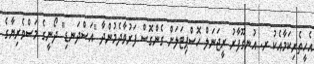
އެހީތެރިކަމާއެކު ރ. އުނގޫފާރު ރީޖަނަލް ހޮސްޕިޓަލަށް ގެންގޮސް ފަރުވާދެމުންދާ "އަސްދަނޑި" ދޯނީގެ މަސްވެރިޔާގެ